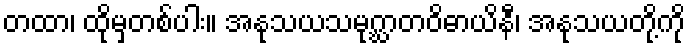
တထာ၊ ထိုမှတစ်ပါး။ အနုသယသမုဂ္ဃာတဝိဓာယိနီ၊ အနုသယတို့ကို